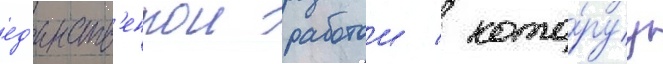
ед'инств'еннои работои / кото́руу